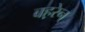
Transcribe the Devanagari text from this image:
बह़रेन्